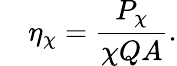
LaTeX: \quad\eta_{\chi}={\frac{P_{\chi}}{\chi QA}}.